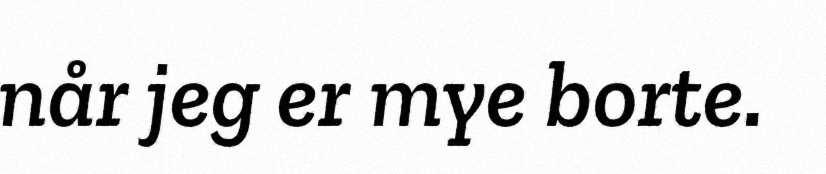
når jeg er mye borte.